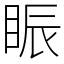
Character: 䀼